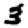
Digit: 3